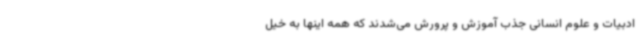
ادبیات و علوم انسانی جذب آموزش و پرورش می‌شدند که همه اینها به خیل